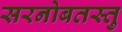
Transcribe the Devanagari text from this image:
सरनोबतस्तु